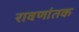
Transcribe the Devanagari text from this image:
रावणांतक